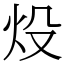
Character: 炈